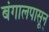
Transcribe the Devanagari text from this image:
बंगालपासून्